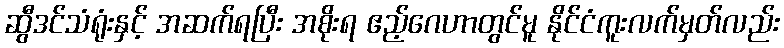
ဆွီဒင်သံရုံးနှင့် အဆက်ရပြီး အစိုးရ ဧည့်ဂေဟာတွင်မူ နိုင်ငံကူးလက်မှတ်လည်း